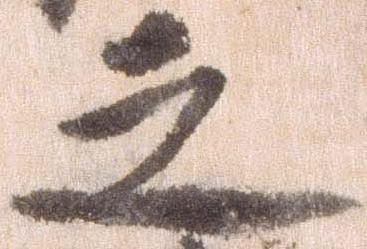
之